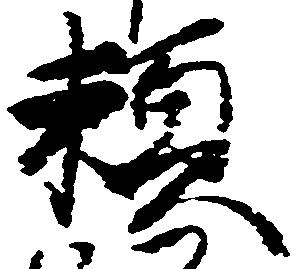
頼